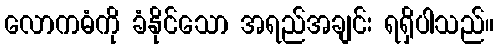
လောကဓံကို ခံနိုင်သော အရည်အချင်း ရရှိပါသည်။